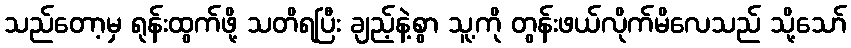
သည်တော့မှ ရုန်းထွက်ဖို့ သတိရပြီး ချည့်နဲ့စွာ သူ့ကို တွန်းဖယ်လိုက်မိလေသည် သို့သော်